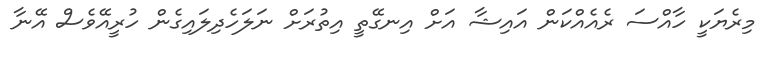
މިރެޔަކީ ހާއްސަ ރެއެއްކަން އައިޝާ އަށް އިނގޭތީ އިތުރަށް ނަލަހެދިލައިގެން ހުރީއޭވެސް އޭނާ